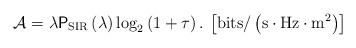
LaTeX: \begin{align*}\mathcal{A}=\lambda\mathsf{P}_{\mathrm{SIR}}\left(\lambda\right)\mathrm{log}_{2}\left(1+\tau\right).\:\left[\mathrm{bits}/\left(\mathrm{s\cdot Hz\cdot m^{2}}\right)\right]\end{align*}